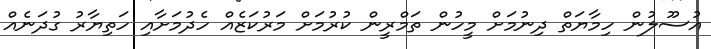
އުސޫލުން ހިމާޔަތް ދިނުމަށް މީހުން ތަމްރީން ކުރުމަށް މަރުކަޒެއް ހެދުމަށާއި ހަތިޔާރު ގުދަނެއް